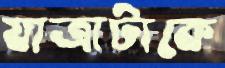
যাত্রাটাকে